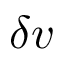
\delta v